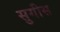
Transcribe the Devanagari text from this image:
सुगीस